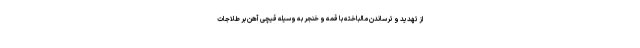
از تهدید و ترساندن مالباخته با قمه و خنجر به وسیله قیچی آهن بُر طلاجات